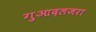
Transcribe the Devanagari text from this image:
गुआदलजरा